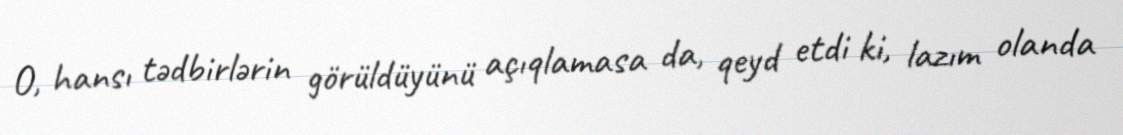
O, hansı tədbirlərin görüldüyünü açıqlamasa da, qeyd etdi ki, lazım olanda